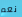
نعم